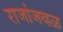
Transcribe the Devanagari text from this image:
राजांजवळ